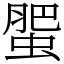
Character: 蜰